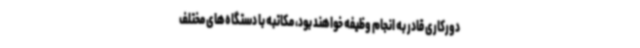
دورکاری قادر به انجام وظیفه خواهند بود، مکاتبه با دستگاه‌های مختلف